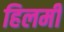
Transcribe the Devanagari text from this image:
हिलमी